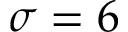
\sigma = 6